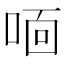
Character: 𫪓